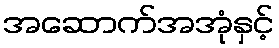
အဆောက်အအုံနှင့်